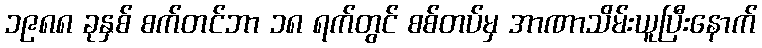
၁၉၈၈ ခုနှစ် စက်တင်ဘာ ၁၈ ရက်တွင် စစ်တပ်မှ အာဏာသိမ်းယူပြီးနောက်